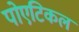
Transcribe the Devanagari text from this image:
पोएटिकल